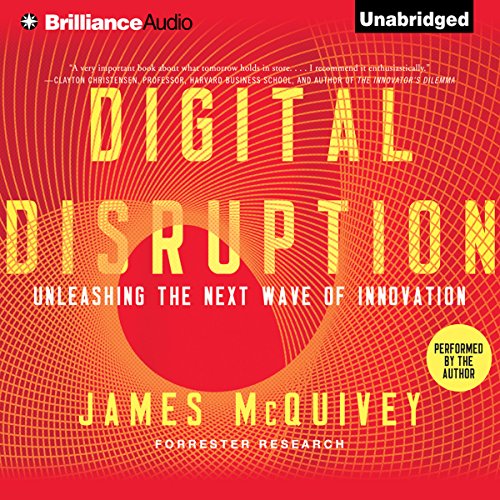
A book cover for Digital Disruption: Unleashing the Next Wave of Innovation; James McQuivey; Computers & Technology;